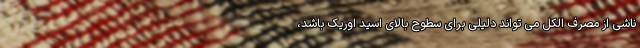
ناشی از مصرف الکل می تواند دلیلی برای سطوح بالای اسید اوریک باشد،